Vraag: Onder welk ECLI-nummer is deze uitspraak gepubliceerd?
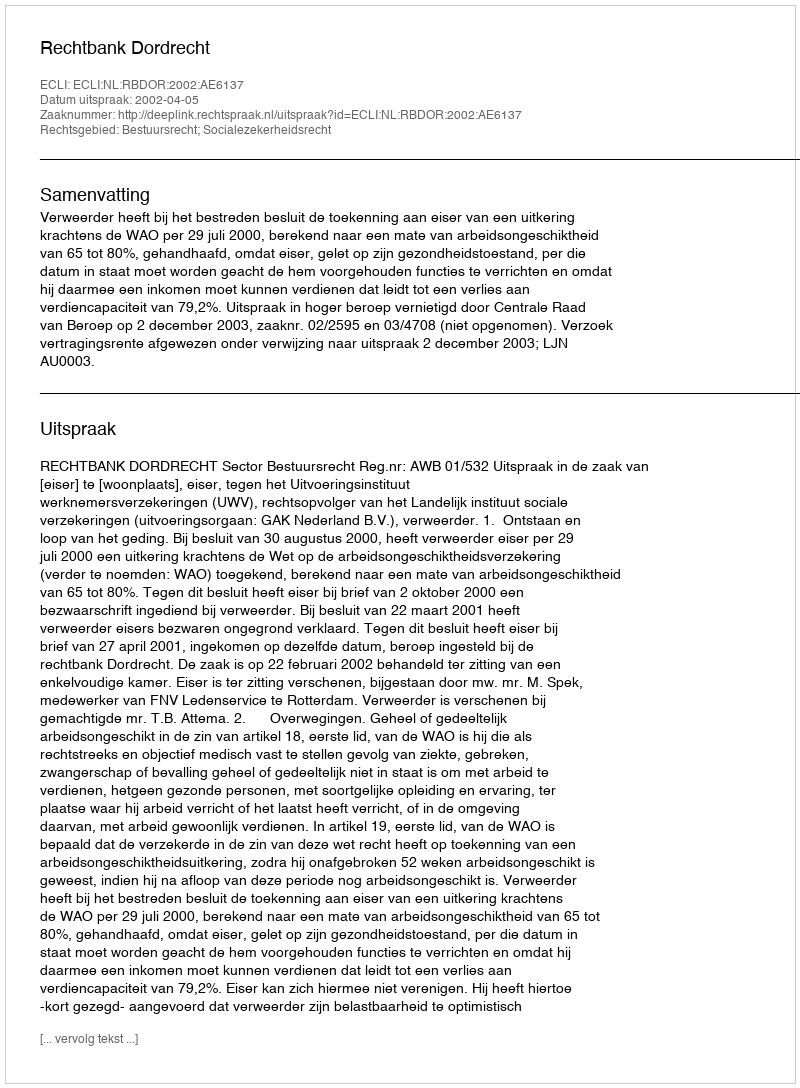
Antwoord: ECLI:NL:RBDOR:2002:AE6137